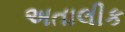
અતાલીક